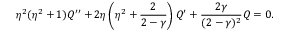
\eta ^ { 2 } ( \eta ^ { 2 } + 1 ) Q ^ { \prime \prime } + 2 \eta \left( \eta ^ { 2 } + { \frac { 2 } { 2 - \gamma } } \right) Q ^ { \prime } + { \frac { 2 \gamma } { ( 2 - \gamma ) ^ { 2 } } } Q = 0 .